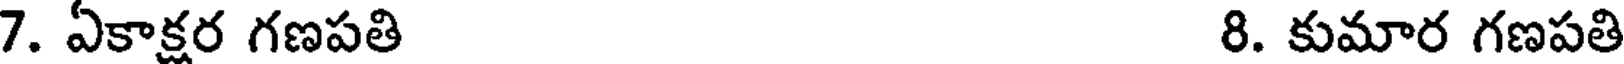
7. ఏకాక్షర గణపతి 8. కుమార గణపతి